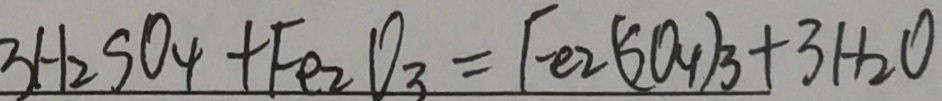
3 H _ { 2 } S O _ { 4 } + F e _ { 2 } O _ { 3 } = F e _ { 2 } ( S O _ { 4 } ) _ { 3 } + 3 H _ { 2 } O